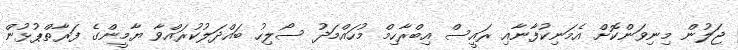
ޖަލުން މިނިވަންކޮށް އެމަނިކުފާނާއި ރައީސް އިބްރާހިމް މުހައްމަދު ސޯލިހު ބައްދަލުކުރައްވާ ޔާމީންގެ ފަރާތްޕުޅުން